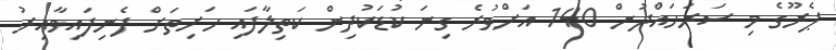
ޕެރޫގެ މި ސަރަހައްދުން 140 އަށްވުރެ ގިނަ ކުޑަކުދިން ކަތިލާފައި ހަށިތަށް ފެނިފައިވާއިރު